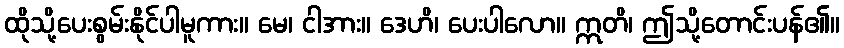
ထိုသို့ပေးစွမ်းနိုင်ပါမူကား။ မေ၊ ငါအား။ ဒေဟိ၊ ပေးပါလော။ ဣတိ၊ ဤသို့တောင်းပန်၏။